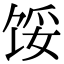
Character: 馁